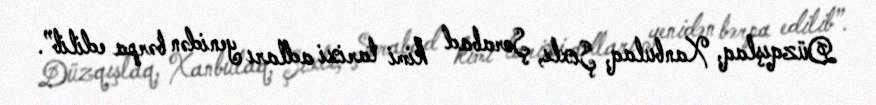
Düzqışlaq, Xanbulaq, Şıxlı, Şorabad kimi tarixi adları yenidən bərpa edilib”.